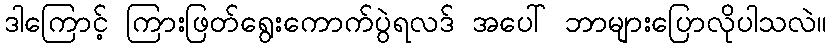
ဒါကြောင့် ကြားဖြတ်ရွေးကောက်ပွဲရလဒ် အပေါ် ဘာများပြောလိုပါသလဲ။